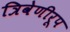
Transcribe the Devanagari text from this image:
त्रिवेणीरूप